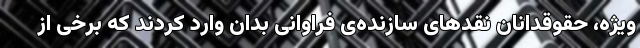
ویژه، حقوقدانان نقدهای سازنده‌ی فراوانی بدان وارد کردند که برخی از